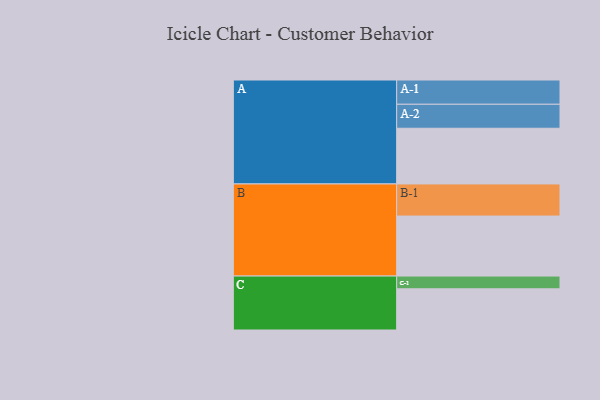
{"axis": {"x": "Segment", "y": "Value"}, "legend": ["", "A", "B", "C"], "data": [{"x": "A", "y": 441, "type": ""}, {"x": "B", "y": 475, "type": ""}, {"x": "C", "y": 326, "type": ""}, {"x": "A-1", "y": 192, "type": "A"}, {"x": "A-2", "y": 190, "type": "A"}, {"x": "B-1", "y": 254, "type": "B"}, {"x": "C-1", "y": 101, "type": "C"}]}